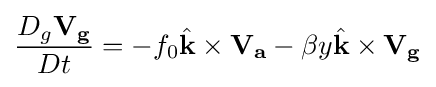
{D_{g}\mathbf {V_{g}}  \over Dt}={-f_{0}{\hat {\mathbf {k} }}\times \mathbf {V_{a}} -\beta y{\hat {\mathbf {k} }}\times \mathbf {V_{g}} }